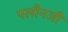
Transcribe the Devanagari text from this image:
पलौनजी